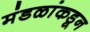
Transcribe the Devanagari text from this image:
मंडळांकडून